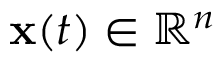
\mathbf { x } ( t ) \in \mathbb { R } ^ { n }